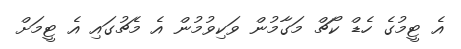
އެ ޓީމުގެ ހެޑް ކޯޗް މަގާމުން ވަކިވުމުން އެ މެޗުގައި އެ ޓީމަށް